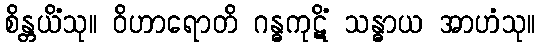
စိန္တယိံသု။ ဝိဟာရောတိ ဂန္ဓကုဋိံ သန္ဓာယ အာဟံသု။